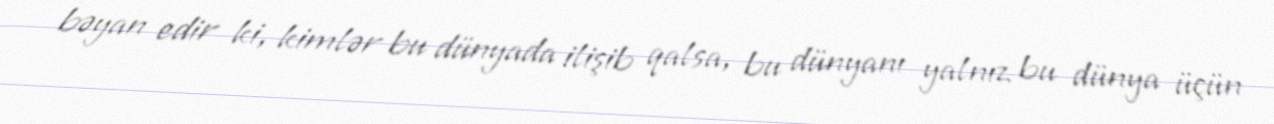
bəyan edir ki, kimlər bu dünyada ilişib qalsa, bu dünyanı yalnız bu dünya üçün